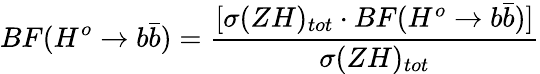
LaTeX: BF(H^{o}\rightarrow b\bar{b})=\frac{[\sigma(ZH)_{tot}\cdot BF(H^{o}\rightarrow b\bar{b})]}{\sigma(ZH)_{tot}}